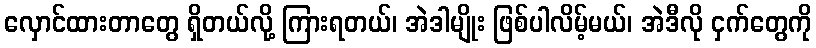
လှောင်ထားတာတွေ ရှိတယ်လို့ ကြားရတယ်၊ အဲဒါမျိုး ဖြစ်ပါလိမ့်မယ်၊ အဲဒီလို ငှက်တွေကို